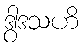
ဒွါဒသဟိ